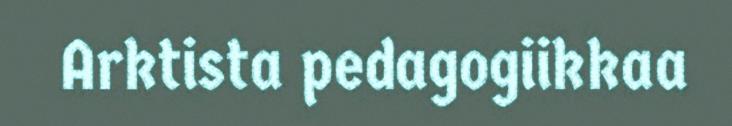
Arktista pedagogiikkaa